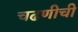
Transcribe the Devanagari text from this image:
चढणीची